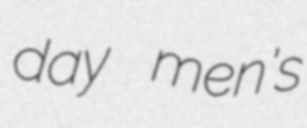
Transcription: day men's